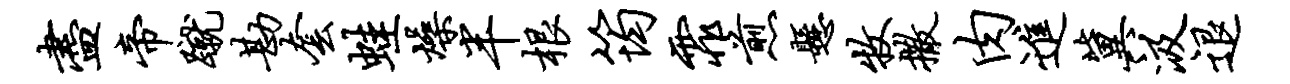
尽帝蹴勘套蛙燥半根筠霏煎悬牧撒肉进冀汲退